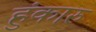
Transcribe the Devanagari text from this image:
हुंकारु